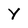
Character: Y